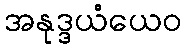
အနုဒ္ဒယံယေဝ